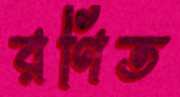
রণিত